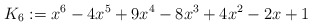
\begin{align*}K_6:=x^6-4x^5+9x^4-8x^3+4x^2-2x+1\end{align*}